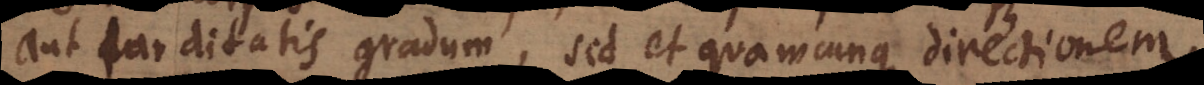
aut tarditatis gradum, sed et quamcunque directionem.